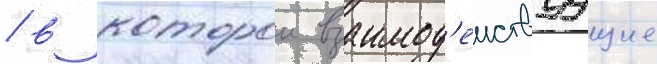
/ в которои взаимод'еиствуущие